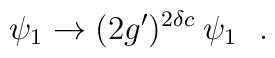
\psi_1 \rightarrow (2g')^{2\delta c} \: \psi_1~~.